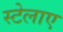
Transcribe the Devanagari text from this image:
स्टेलाए